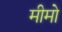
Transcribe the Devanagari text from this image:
मीमो